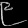
Digit: ၉